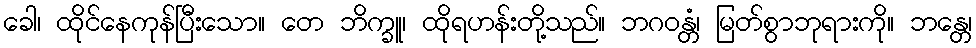
ခေါ၊ ထိုင်နေကုန်ပြီးသော။ တေ ဘိက္ခူ၊ ထိုရဟန်းတို့သည်။ ဘဂဝန္တံ၊ မြတ်စွာဘုရားကို။ ဘန္တေ၊